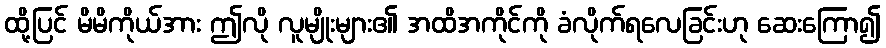
ထို့ပြင် မိမိကိုယ်အား ဤလို လူမျိုးများ၏ အထိအကိုင်ကို ခံလိုက်ရလေခြင်းဟု ဆေးကြော၍